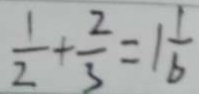
\frac { 1 } { 2 } + \frac { 2 } { 3 } = 1 \frac { 1 } { b }